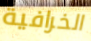
الخرافية